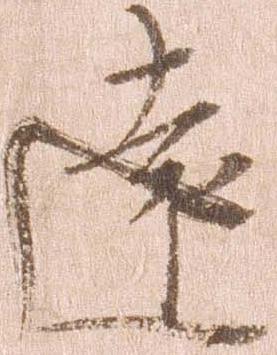
遠